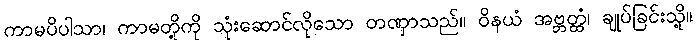
ကာမပိပါသာ၊ ကာမတို့ကို သုံးဆောင်လိုသော တဏှာသည်။ ဝိနယံ အဗ္ဘတ္ထံ၊ ချုပ်ခြင်းသို့။